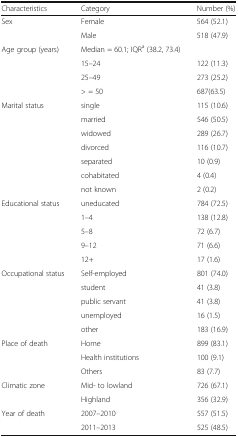
<table><thead><tr><td><b>Characteristics</b></td><td><b>Category</b></td><td><b>Number (%)</b></td></tr></thead><tbody><tr><td rowspan="2">Sex</td><td>Female</td><td>564 (52.1)</td></tr><tr><td>Male</td><td>518 (47.9)</td></tr><tr><td rowspan="4">Age group (years)</td><td>Median = 60.1; IQR<sup>a</sup> (38.2, 73.4)</td><td></td></tr><tr><td>15–24</td><td>122 (11.3)</td></tr><tr><td>25–49</td><td>273 (25.2)</td></tr><tr><td>&gt; = 50</td><td>687(63.5)</td></tr><tr><td rowspan="7">Marital status</td><td>single</td><td>115 (10.6)</td></tr><tr><td>married</td><td>546 (50.5)</td></tr><tr><td>widowed</td><td>289 (26.7)</td></tr><tr><td>divorced</td><td>116 (10.7)</td></tr><tr><td>separated</td><td>10 (0.9)</td></tr><tr><td>cohabitated</td><td>4 (0.4)</td></tr><tr><td>not known</td><td>2 (0.2)</td></tr><tr><td rowspan="5">Educational status</td><td>uneducated</td><td>784 (72.5)</td></tr><tr><td>1–4</td><td>138 (12.8)</td></tr><tr><td>5–8</td><td>72 (6.7)</td></tr><tr><td>9–12</td><td>71 (6.6)</td></tr><tr><td>12+</td><td>17 (1.6)</td></tr><tr><td rowspan="5">Occupational status</td><td>Self-employed</td><td>801 (74.0)</td></tr><tr><td>student</td><td>41 (3.8)</td></tr><tr><td>public servant</td><td>41 (3.8)</td></tr><tr><td>unemployed</td><td>16 (1.5)</td></tr><tr><td>other</td><td>183 (16.9)</td></tr><tr><td rowspan="3">Place of death</td><td>Home</td><td>899 (83.1)</td></tr><tr><td>Health institutions</td><td>100 (9.1)</td></tr><tr><td>Others</td><td>83 (7.7)</td></tr><tr><td rowspan="2">Climatic zone</td><td>Mid- to lowland</td><td>726 (67.1)</td></tr><tr><td>Highland</td><td>356 (32.9)</td></tr><tr><td rowspan="2">Year of death</td><td>2007–2010</td><td>557 (51.5)</td></tr><tr><td>2011–2013</td><td>525 (48.5)</td></tr></tbody></table>